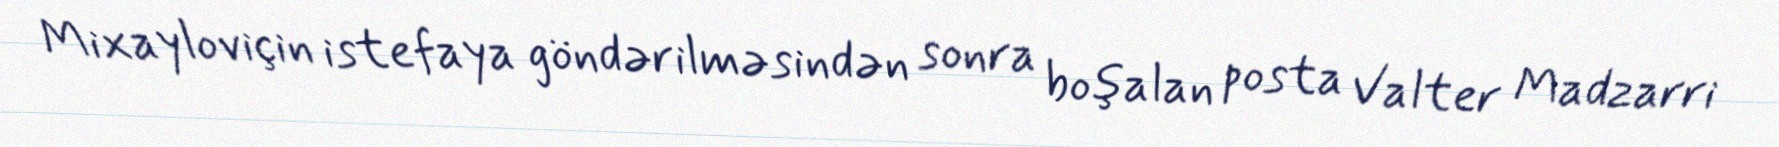
Mixayloviçin istefaya göndərilməsindən sonra boşalan posta Valter Madzarri